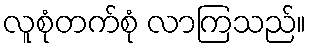
လူစုံတက်စုံ လာကြသည်။